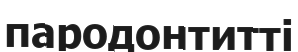
пародонтитті